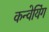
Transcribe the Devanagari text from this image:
कन्वेयिंग